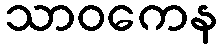
သာဝကေန